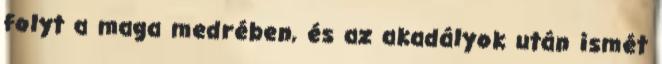
folyt a maga medrében, és az akadályok után ismét